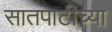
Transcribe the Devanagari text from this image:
सातपाटीच्या